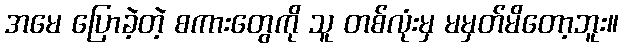
အမေ ပြောခဲ့တဲ့ စကားတွေကို သူ တစ်လုံးမှ မမှတ်မိတော့ဘူး။